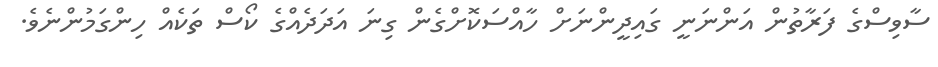
ސާވިސްގެ ފަރާތުން އަންނަނީ ގައިދީންނަށް ހާއްސަކޮށްގެން ގިނަ އަދަދެއްގެ ކޯސް ތަކެއް ހިންގަމުންނެވެ.